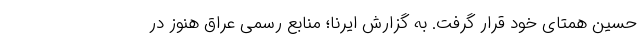
حسین همتای خود قرار گرفت. به گزارش ایرنا؛ منابع رسمی عراق هنوز در